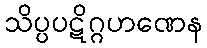
သိပ္ပပဋိဂ္ဂဟဏေန